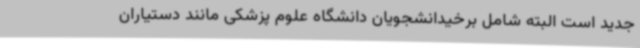
جدید است البته شامل برخیدانشجویان دانشگاه علوم پزشکی مانند دستیاران